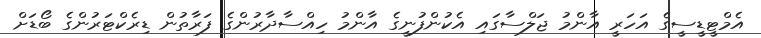
އެމްޓީޑީސީގެ އަހަރީ އާންމު ޖަލްސާގައި އެކުންފުނީގެ އާންމު ހިއްސާދާރުންގެ ފަރާތުން ޑިރެކްޓަރުންގެ ބޯޑަށް